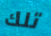
تلك